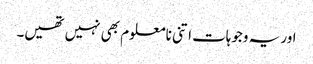
اور یہ وجوہات اتنی نامعلوم بھی نہیں تھیں۔